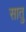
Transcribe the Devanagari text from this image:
सातु